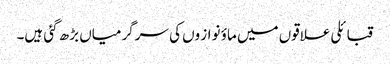
قبائلی علاقوں میں ماؤ نواز وں کی سرگرمیاں بڑھ گئی ہیں۔